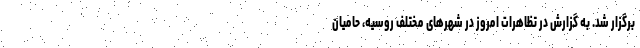
برگزار شد. به گزارش در تظاهرات امروز در شهرهای مختلف روسیه، حامیان